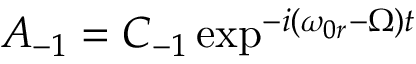
A _ { - 1 } = C _ { - 1 } \exp ^ { - i ( \omega _ { 0 r } - \Omega ) t }